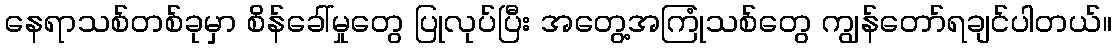
နေရာသစ်တစ်ခုမှာ စိန်ခေါ်မှုတွေ ပြုလုပ်ပြီး အတွေ့အကြုံသစ်တွေ ကျွန်တော်ရချင်ပါတယ်။